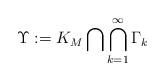
LaTeX: \begin{align*}\Upsilon : = K_M \bigcap \bigcap_{k=1}^{\infty} \Gamma_k\end{align*}